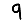
Digit: 9